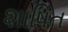
શાષિત